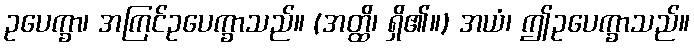
ဥပေက္ခာ၊ အကြင်ဥပေက္ခာသည်။ (အတ္ထိ၊ ရှိ၏။) အယံ၊ ဤဥပေက္ခာသည်။